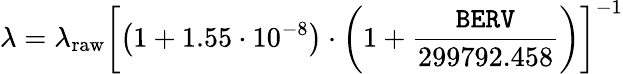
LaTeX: \lambda=\lambda_{\mathrm{raw}}\left[\left(1+1.55\cdot 10^{-8}\right)\cdot\left(1+\frac{{\tt BERV}}{299792.458}\right)\right]^{-1}